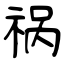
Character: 祸